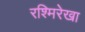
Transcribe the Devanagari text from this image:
रश्मिरेखा